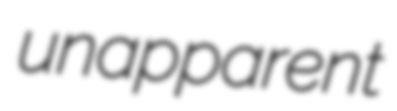
unapparent